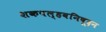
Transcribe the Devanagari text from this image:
शकपल्हवनिषूदन